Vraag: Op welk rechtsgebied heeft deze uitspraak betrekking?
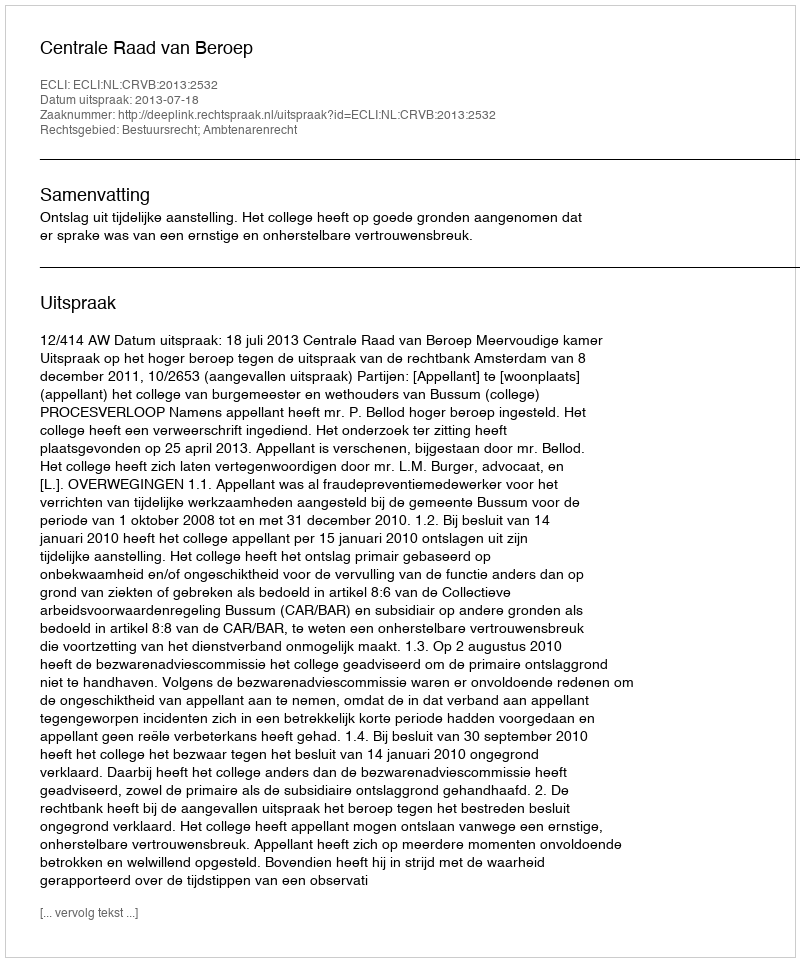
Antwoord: Bestuursrecht; Ambtenarenrecht